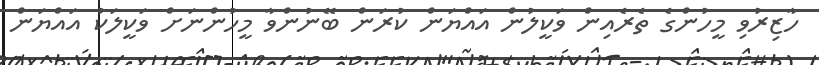
ހާޒިރުވި މީހުންގެ ތެރެއިން ވަކީލުން އައްޔަން ކުރަން ބޭނުންވާ މީހުންނަށް ވަކީލަކު އައްޔަން